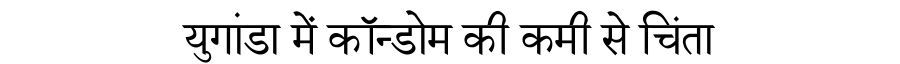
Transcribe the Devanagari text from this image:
युगांडा में कॉन्डोम की कमी से चिंता